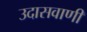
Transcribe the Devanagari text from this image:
उदासवाणी